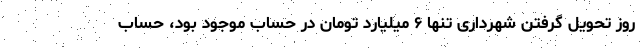
روز تحویل گرفتن شهرداری تنها ۶ میلیارد تومان در حساب موجود بود، حساب